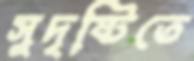
সুদৃষ্টিতে